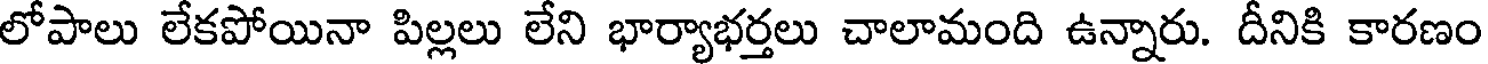
లోపాలు లేకపోయినా పిల్లలు లేని భార్యాభర్తలు చాలామంది ఉన్నారు. దీనికి కారణం